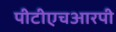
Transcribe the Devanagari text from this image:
पीटीएचआरपी